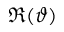
\Re ( \vartheta )